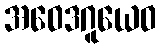
အဝေဒဂူယေဝ